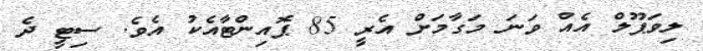
ލިވަޕޫލް އެއް ވަނަ މަގާމަށް އެރީ 85 ޕޮއިންޓާއެކު އެވެ. ސިޓީ ދެ